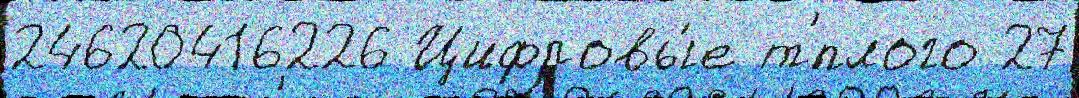
24620416226 Цифровы́е т'́плого 27